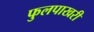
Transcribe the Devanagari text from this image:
फुलपाखरी